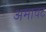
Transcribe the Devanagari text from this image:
अमावट